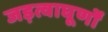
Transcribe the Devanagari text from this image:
जड़त्वाघूर्णों